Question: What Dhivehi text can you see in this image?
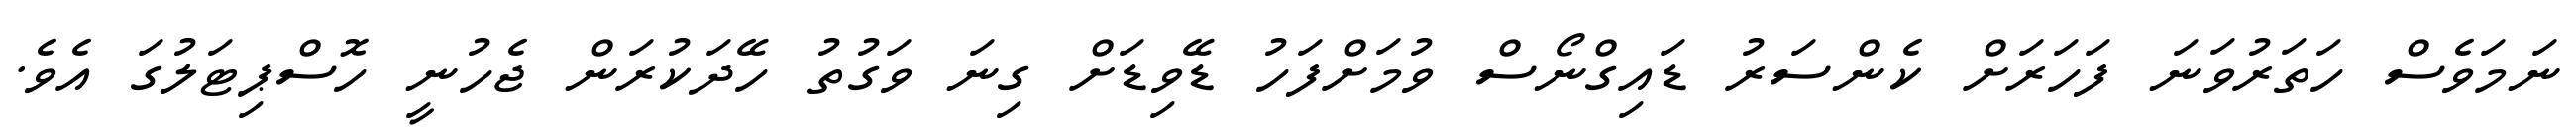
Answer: ނަމަވެސް ހަތަރުވަނަ ފަހަރަށް ކެންސަރު ޑައިގްނޯސް ވުމަށްފަހު ޑޭވިޑަށް ގިނަ ވަގުތު ހޭދަކުރަން ޖެހުނީ ހޮސްޕިޓަލުގަ އެވެ.